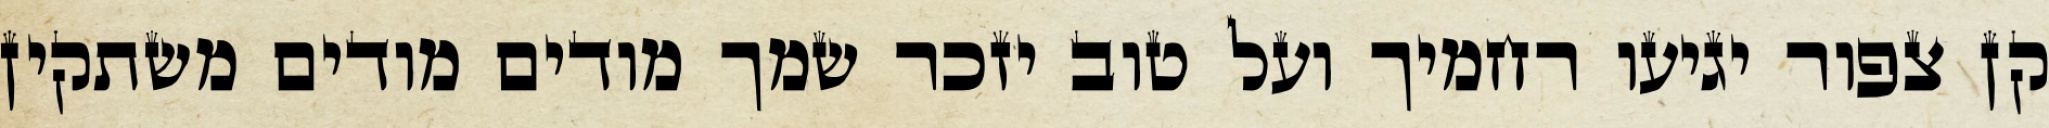
קן צפור יגיעו רחמיך ועל טוב יזכר שמך מודים מודים משתקין